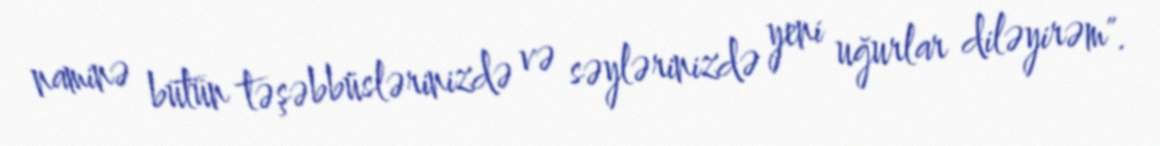
naminə bütün təşəbbüslərinizdə və səylərinizdə yeni uğurlar diləyirəm".